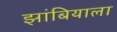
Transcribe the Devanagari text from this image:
झांबियाला